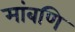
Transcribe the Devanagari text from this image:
मांबणि